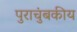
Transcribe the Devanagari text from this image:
पुराचुंबकीय